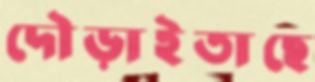
দৌড়াইতাছে